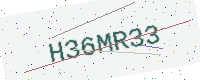
Text: H36MR33